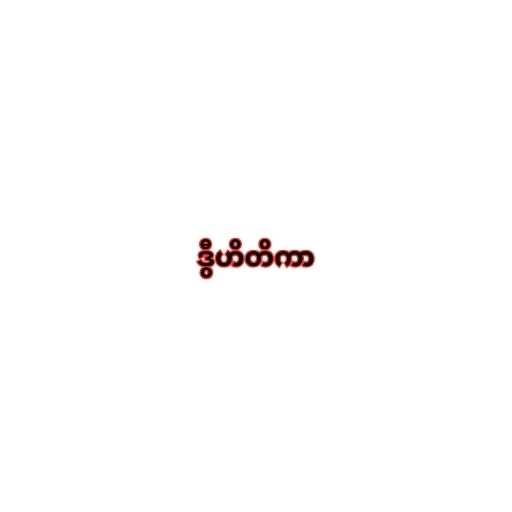
ဒွီဟိတိကာ